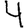
Digit: 4